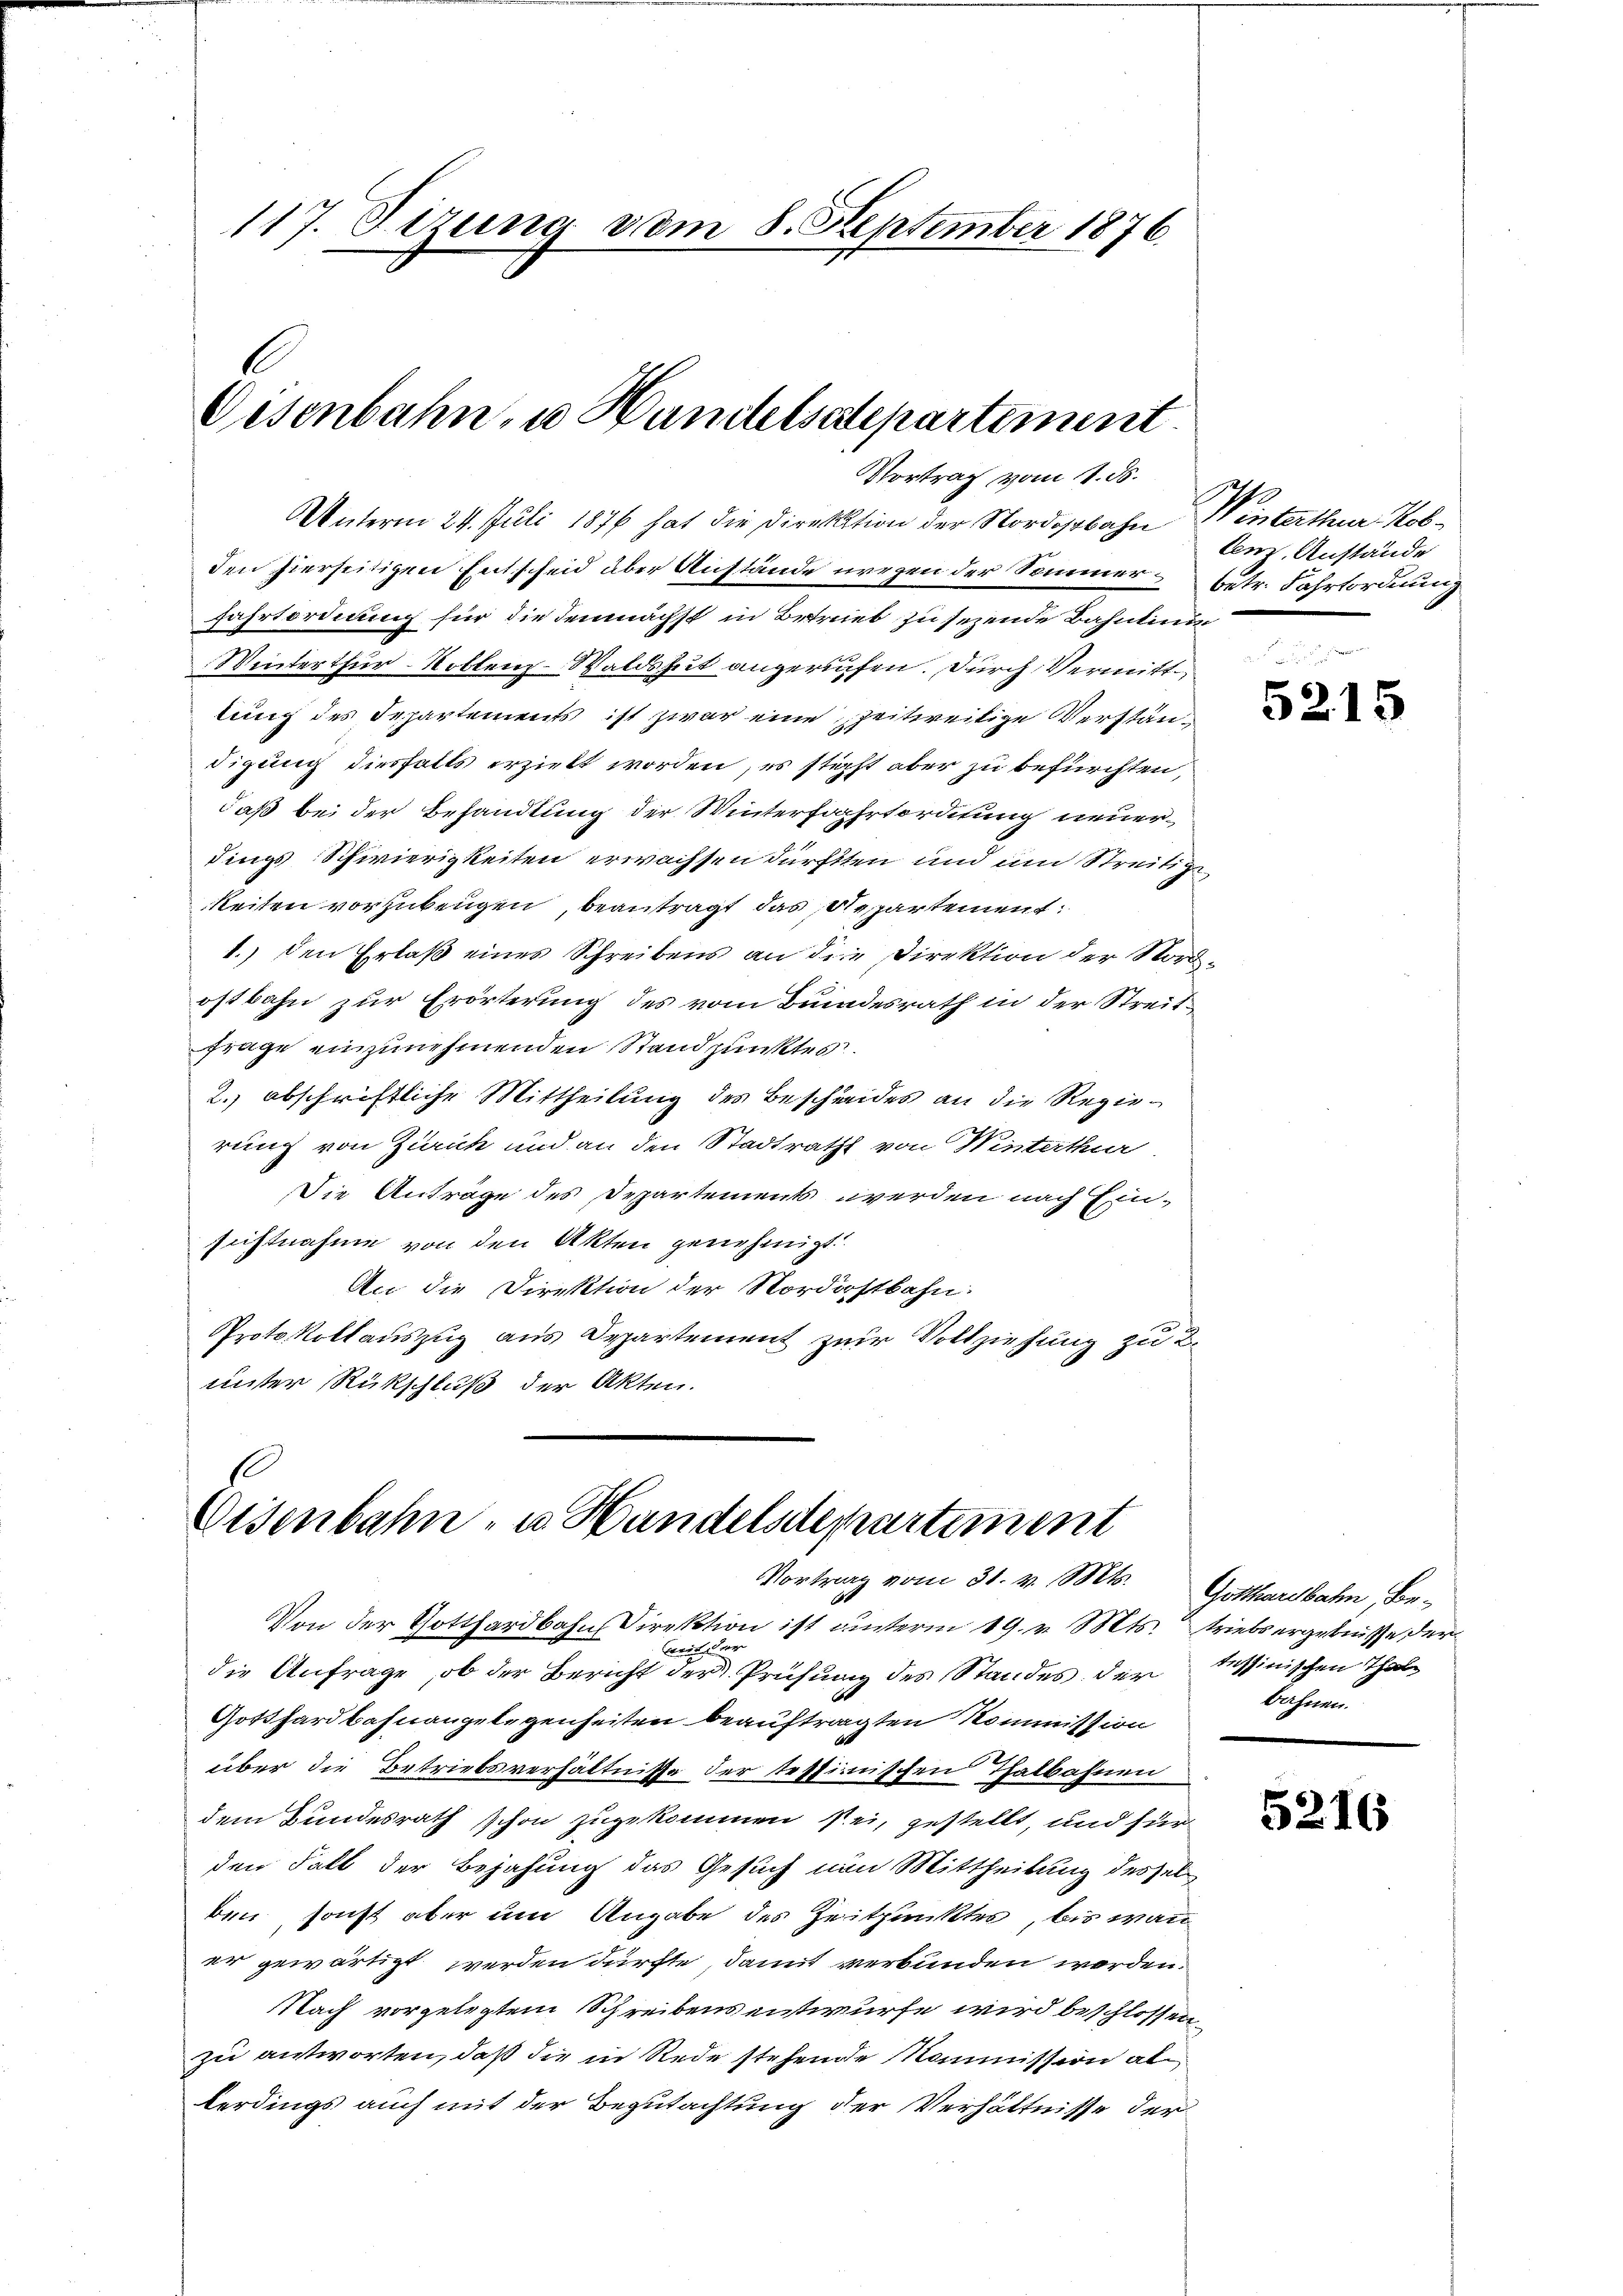
117. Sizung vom 8. September 1876.

Eisenbahn, u. Handelsatepartement.
Vortrag vom 1. ds.

Unterm 24. Juli 1876 hat die Direktion der Nordorbahn Winterthur Kobden hierseitigen Entscheid aber Anstände weegen der Sommer betr. Fahrtordnung
fahrtordnung für die demnächst in Betrieb zu sezende Bahnlinie
Winterthur Kollenz-Waldsheit angerufen. Durch Vermitt
lung des Departements ist zwar eine zeitereitige Verständigung diesfalls erzielt worden, es sticht aber zu befürchten,
daß bei der Behandlung der Winterfahrtorditung neuerdings-Schwierigkeiten erwachsen dürften und um Streitige
keiten vorzubeugen, beantragt das Repartement.
1.) den Erlaß eines Schreibens an die Direktion der Nordostbahn zur Erörterung des vom Bundesrath in der Streitfrage einzunehmenden Standpunktes.
2.) abschriftliche Mittheilung des Beschreides an die Regierung von Zürich und an den Stadtraths von Winterthur
Die Anträge des Departements werden nach Einsichtnahme von den Akten genehmigt.
An die Direktion der Nordostbahn:
Protokollauszug aus Departement zur Vollziehung zu 2.
unter Rückschluß der Akten.

Eisenbahn- u. Handelsdepartement
Vortrag vom 31. v. Mts. Gotthardbahn, Be¬

Von der Gotthardbahn Direktion ist unterm 19. v. Mts. triebs ergebnisse der

die Anfrage, ob der Bericht der Prüfung des Standes der Tessinischen That
Gotthardbahnangelegenheiten beauftragten Kommission
über die Betriebsverhältnisse der tessimischen Thalbahnen
dem Bundesrath schon zugekommen sei, gestellt, und für
den Fall der Bejahung das Gesuch von Mittheilung dessel
ben, sonst aber um Angabe des Zeitpunktes, bis wann
er gewärtigt werden dürfte, damit verbunden worden.
Nach vorgelegtem Schreibensentwurfe wird beschlossen
zu antworten, daß die in Rede stehende Kommission alterdings auch mit der Begutachtung der Verhältnisse der

lem. Anstände

5215

bahnen.

5216